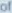
of